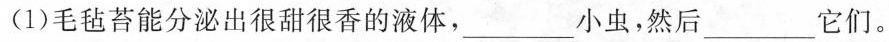
(1)毛毡苔能分泌出很甜很香的液体，___小虫，然后___它们。